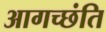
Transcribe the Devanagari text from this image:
आगच्छंति